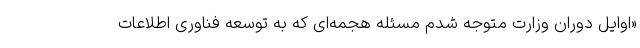
«اوایل دوران وزارت متوجه شدم مسئله هجمه‌ای که به توسعه فناوری اطلاعات